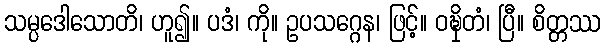
သမ္ပဒေါသောတိ၊ ဟူ၍။ ပဒံ၊ ကို။ ဥပသဂ္ဂေန၊ ဖြင့်။ ဝဍ္ဎှိတံ၊ ပြီ။ စိတ္တဿ